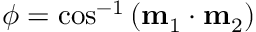
\phi = \cos ^ { - 1 } { \left( \mathbf { m } _ { 1 } \cdot \mathbf { m } _ { 2 } \right) }